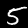
Label: 5